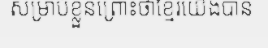
សម្រាប់ខ្លួនព្រោះថាខ្មែរយើងបាន